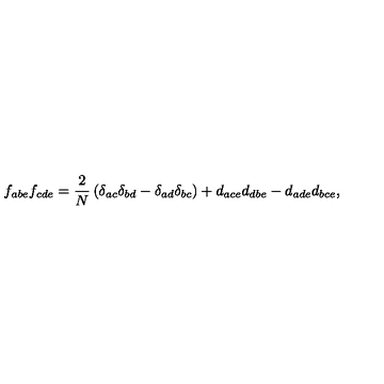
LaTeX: f _ { a b e } f _ { c d e } = \frac { 2 } { N } \left( \delta _ { a c } \delta _ { b d } - \delta _ { a d } \delta _ { b c } \right) + d _ { a c e } d _ { d b e } - d _ { a d e } d _ { b c e } ,